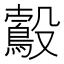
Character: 𣫠